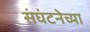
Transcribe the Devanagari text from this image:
संघंटनेच्या